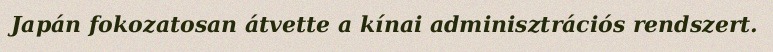
Japán fokozatosan átvette a kínai adminisztrációs rendszert.